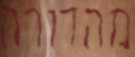
מהדורה